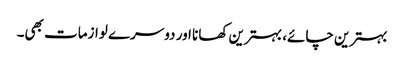
بہترین چائے، بہترین کھانا اور دوسرے لوازمات بھی۔